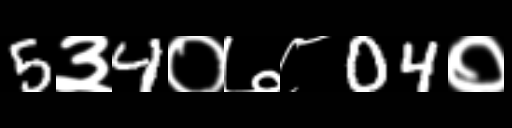
Text: 5३4०७८04०